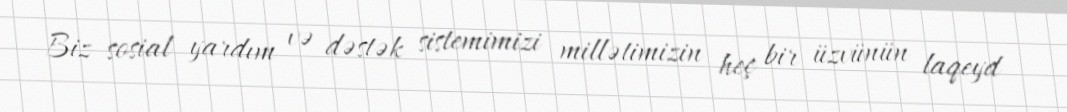
Biz sosial yardım və dəstək sistemimizi millətimizin heç bir üzvünün laqeyd